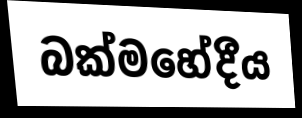
බක්මහේදීය